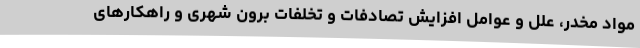
مواد مخدر، علل و عوامل افزایش تصادفات و تخلفات برون شهری و راهکارهای